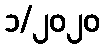
၁/၂၀၂၀